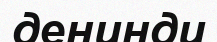
денинди